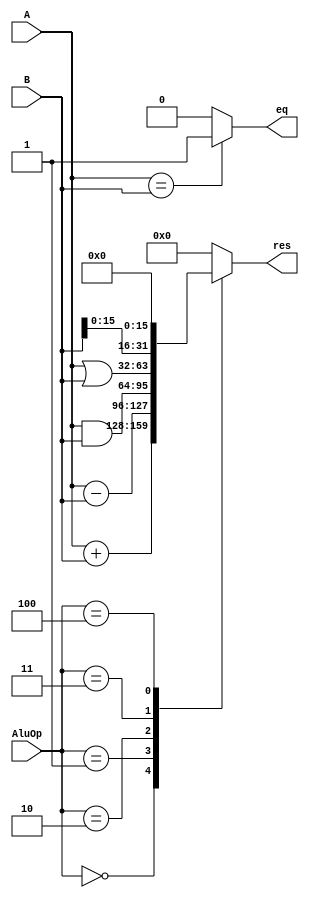
`timescale 1ns / 1ps
//////////////////////////////////////////////////////////////////////////////////
// Company: 
// Engineer: 
// 
// Design Name: 
// Module Name:    ALU 
// Project Name: 
// Target Devices: 
// Tool versions: 
// Description: 
//
// Dependencies: 
//
// Revision: 
// Revision 0.01 - File Created
// Additional Comments: 
//
//////////////////////////////////////////////////////////////////////////////////
`define ADDU	3'b000
`define SUBU	3'b001
`define AND		3'b010
`define	OR		3'b011
`define	LUI		3'b100

module ALU(
    input [31:0] A,
    input [31:0] B,
    input [2:0] AluOp,
    output eq,
    output reg [31:0] res
    );
	assign eq = (A == B)? 1:0;
	always@(*) begin
		case(AluOp)
			`ADDU :
				res = A + B;
			`SUBU :
				res = A - B;
			`AND :
				res = A & B;
			`OR :
				res = A | B;
			`LUI:
				res = {B[15:0], 16'h0};
			default:
				res = 0;
		endcase
	end
endmodule